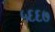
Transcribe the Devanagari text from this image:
५६६७